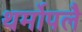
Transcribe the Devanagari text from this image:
थर्मोपलै